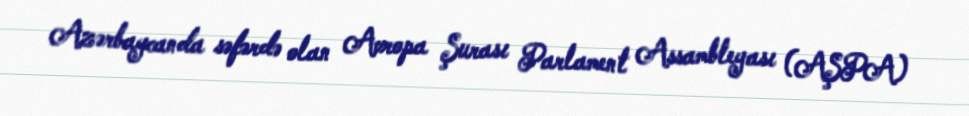
Azərbaycanda səfərdə olan Avropa Şurası Parlament Assambleyası (AŞPA)